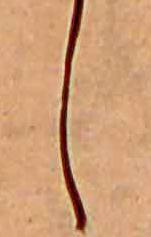
し